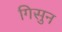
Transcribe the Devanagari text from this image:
गिसुन